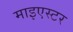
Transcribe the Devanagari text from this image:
माइएस्टर